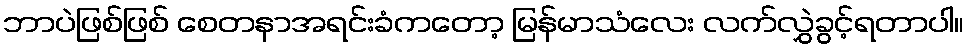
ဘာပဲဖြစ်ဖြစ် စေတနာအရင်းခံကတော့ မြန်မာသံလေး လက်လွှဲခွင့်ရတာပါ။